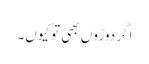
اگر دوڑو ں بھی توکیوں۔